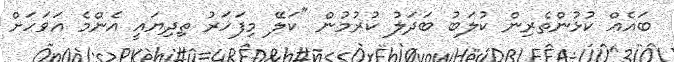
ބައެއް ކުޅުންތެރިން ކުލަބު ބަދަލު ކުރުމުން "ކަލޭ މިފަހަރު ތިދިޔައީ އެންމެ އަވަހަށް